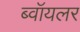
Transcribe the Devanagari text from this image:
ब्वॉयलर